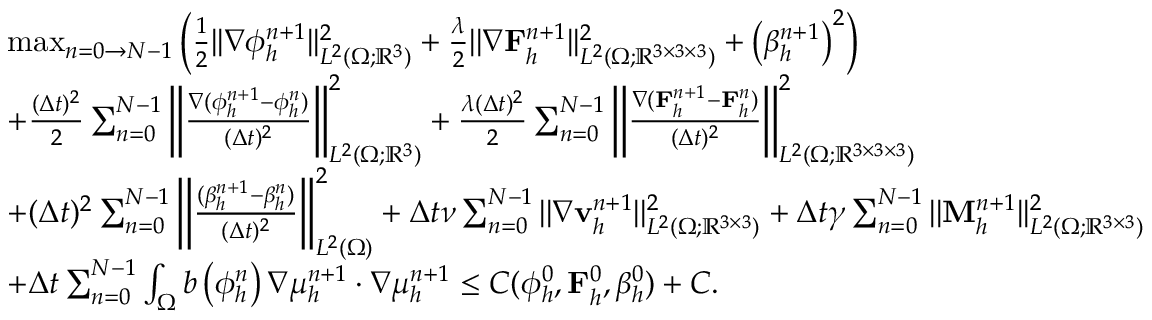
\begin{array} { r l } & { \operatorname* { m a x } _ { n = 0 \to N - 1 } \left( \frac { 1 } { 2 } | | \nabla \phi _ { h } ^ { n + 1 } | | _ { L ^ { 2 } ( \Omega ; \mathbb { R } ^ { 3 } ) } ^ { 2 } + \frac { \lambda } { 2 } | | \nabla \mathbf { F } _ { h } ^ { n + 1 } | | _ { L ^ { 2 } ( \Omega ; \mathbb { R } ^ { 3 \times 3 \times 3 } ) } ^ { 2 } + \left( \beta _ { h } ^ { n + 1 } \right) ^ { 2 } \right) } \\ & { + \frac { ( \Delta t ) ^ { 2 } } { 2 } \sum _ { n = 0 } ^ { N - 1 } \left| \left| \frac { \nabla ( \phi _ { h } ^ { n + 1 } - \phi _ { h } ^ { n } ) } { ( \Delta t ) ^ { 2 } } \right| \right| _ { L ^ { 2 } ( \Omega ; \mathbb { R } ^ { 3 } ) } ^ { 2 } + \frac { \lambda ( \Delta t ) ^ { 2 } } { 2 } \sum _ { n = 0 } ^ { N - 1 } \left| \left| \frac { \nabla ( \mathbf { F } _ { h } ^ { n + 1 } - \mathbf { F } _ { h } ^ { n } ) } { ( \Delta t ) ^ { 2 } } \right| \right| _ { L ^ { 2 } ( \Omega ; \mathbb { R } ^ { 3 \times 3 \times 3 } ) } ^ { 2 } } \\ & { + ( \Delta t ) ^ { 2 } \sum _ { n = 0 } ^ { N - 1 } \left| \left| \frac { ( \beta _ { h } ^ { n + 1 } - \beta _ { h } ^ { n } ) } { ( \Delta t ) ^ { 2 } } \right| \right| _ { L ^ { 2 } ( \Omega ) } ^ { 2 } + \Delta t \nu \sum _ { n = 0 } ^ { N - 1 } | | \nabla \mathbf { v } _ { h } ^ { n + 1 } | | _ { L ^ { 2 } ( \Omega ; \mathbb { R } ^ { 3 \times 3 } ) } ^ { 2 } + \Delta t \gamma \sum _ { n = 0 } ^ { N - 1 } | | \mathbf { M } _ { h } ^ { n + 1 } | | _ { L ^ { 2 } ( \Omega ; \mathbb { R } ^ { 3 \times 3 } ) } ^ { 2 } } \\ & { + \Delta t \sum _ { n = 0 } ^ { N - 1 } \int _ { \Omega } b \left( \phi _ { h } ^ { n } \right) \nabla \mu _ { h } ^ { n + 1 } \cdot \nabla \mu _ { h } ^ { n + 1 } \leq C ( \phi _ { h } ^ { 0 } , \mathbf { F } _ { h } ^ { 0 } , \beta _ { h } ^ { 0 } ) + C . } \end{array}